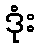
ဒုံး